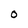
Character: O